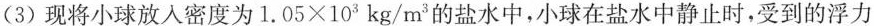
(3)现将小球放入密度为$$1 . 0 5 \times 1 0 3$$kg/m^{3}的盐水中，小球在盐水中静止时，受到的浮力